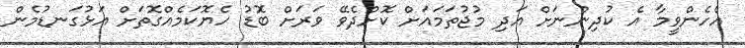
އެހެންވީމާ އެ ކުދިންނަށް އަދި މުޖުތަމައަށް ކޮށްދެވޭ ވަރަށް ބޮޑު ހެޔޮކަމެއްގޮތަށް އަޅުގަނޑުމެން